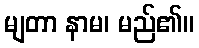
မျတာ နာမ၊ မည်၏။